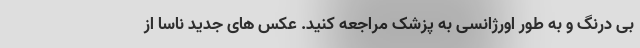
بی درنگ و به طور اورژانسی به پزشک مراجعه کنید. عکس های جدید ناسا از